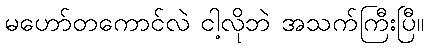
မဟော်တကောင်လဲ ငါ့လိုဘဲ အသက်ကြီးပြီ။